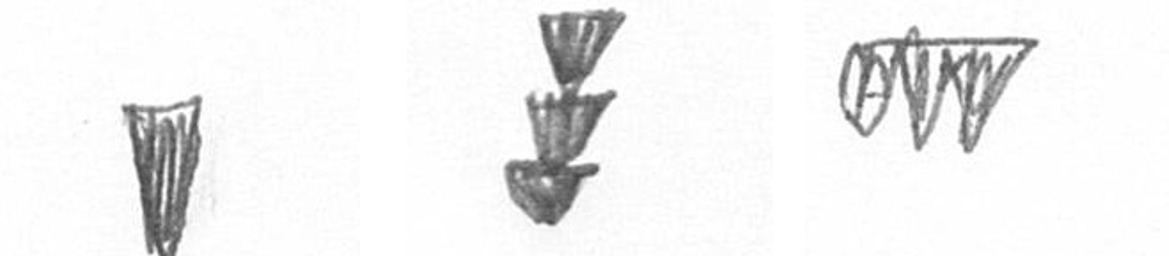
J E L